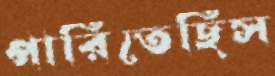
পারিতেছিস